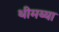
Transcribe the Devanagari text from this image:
थीमय्या